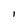
Character: l